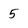
Character: 5